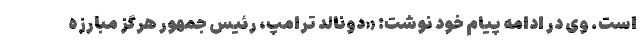
است. وی در ادامه پیام خود نوشت: «دونالد ترامپ،‌ رئیس جمهور هرگز مبارزه